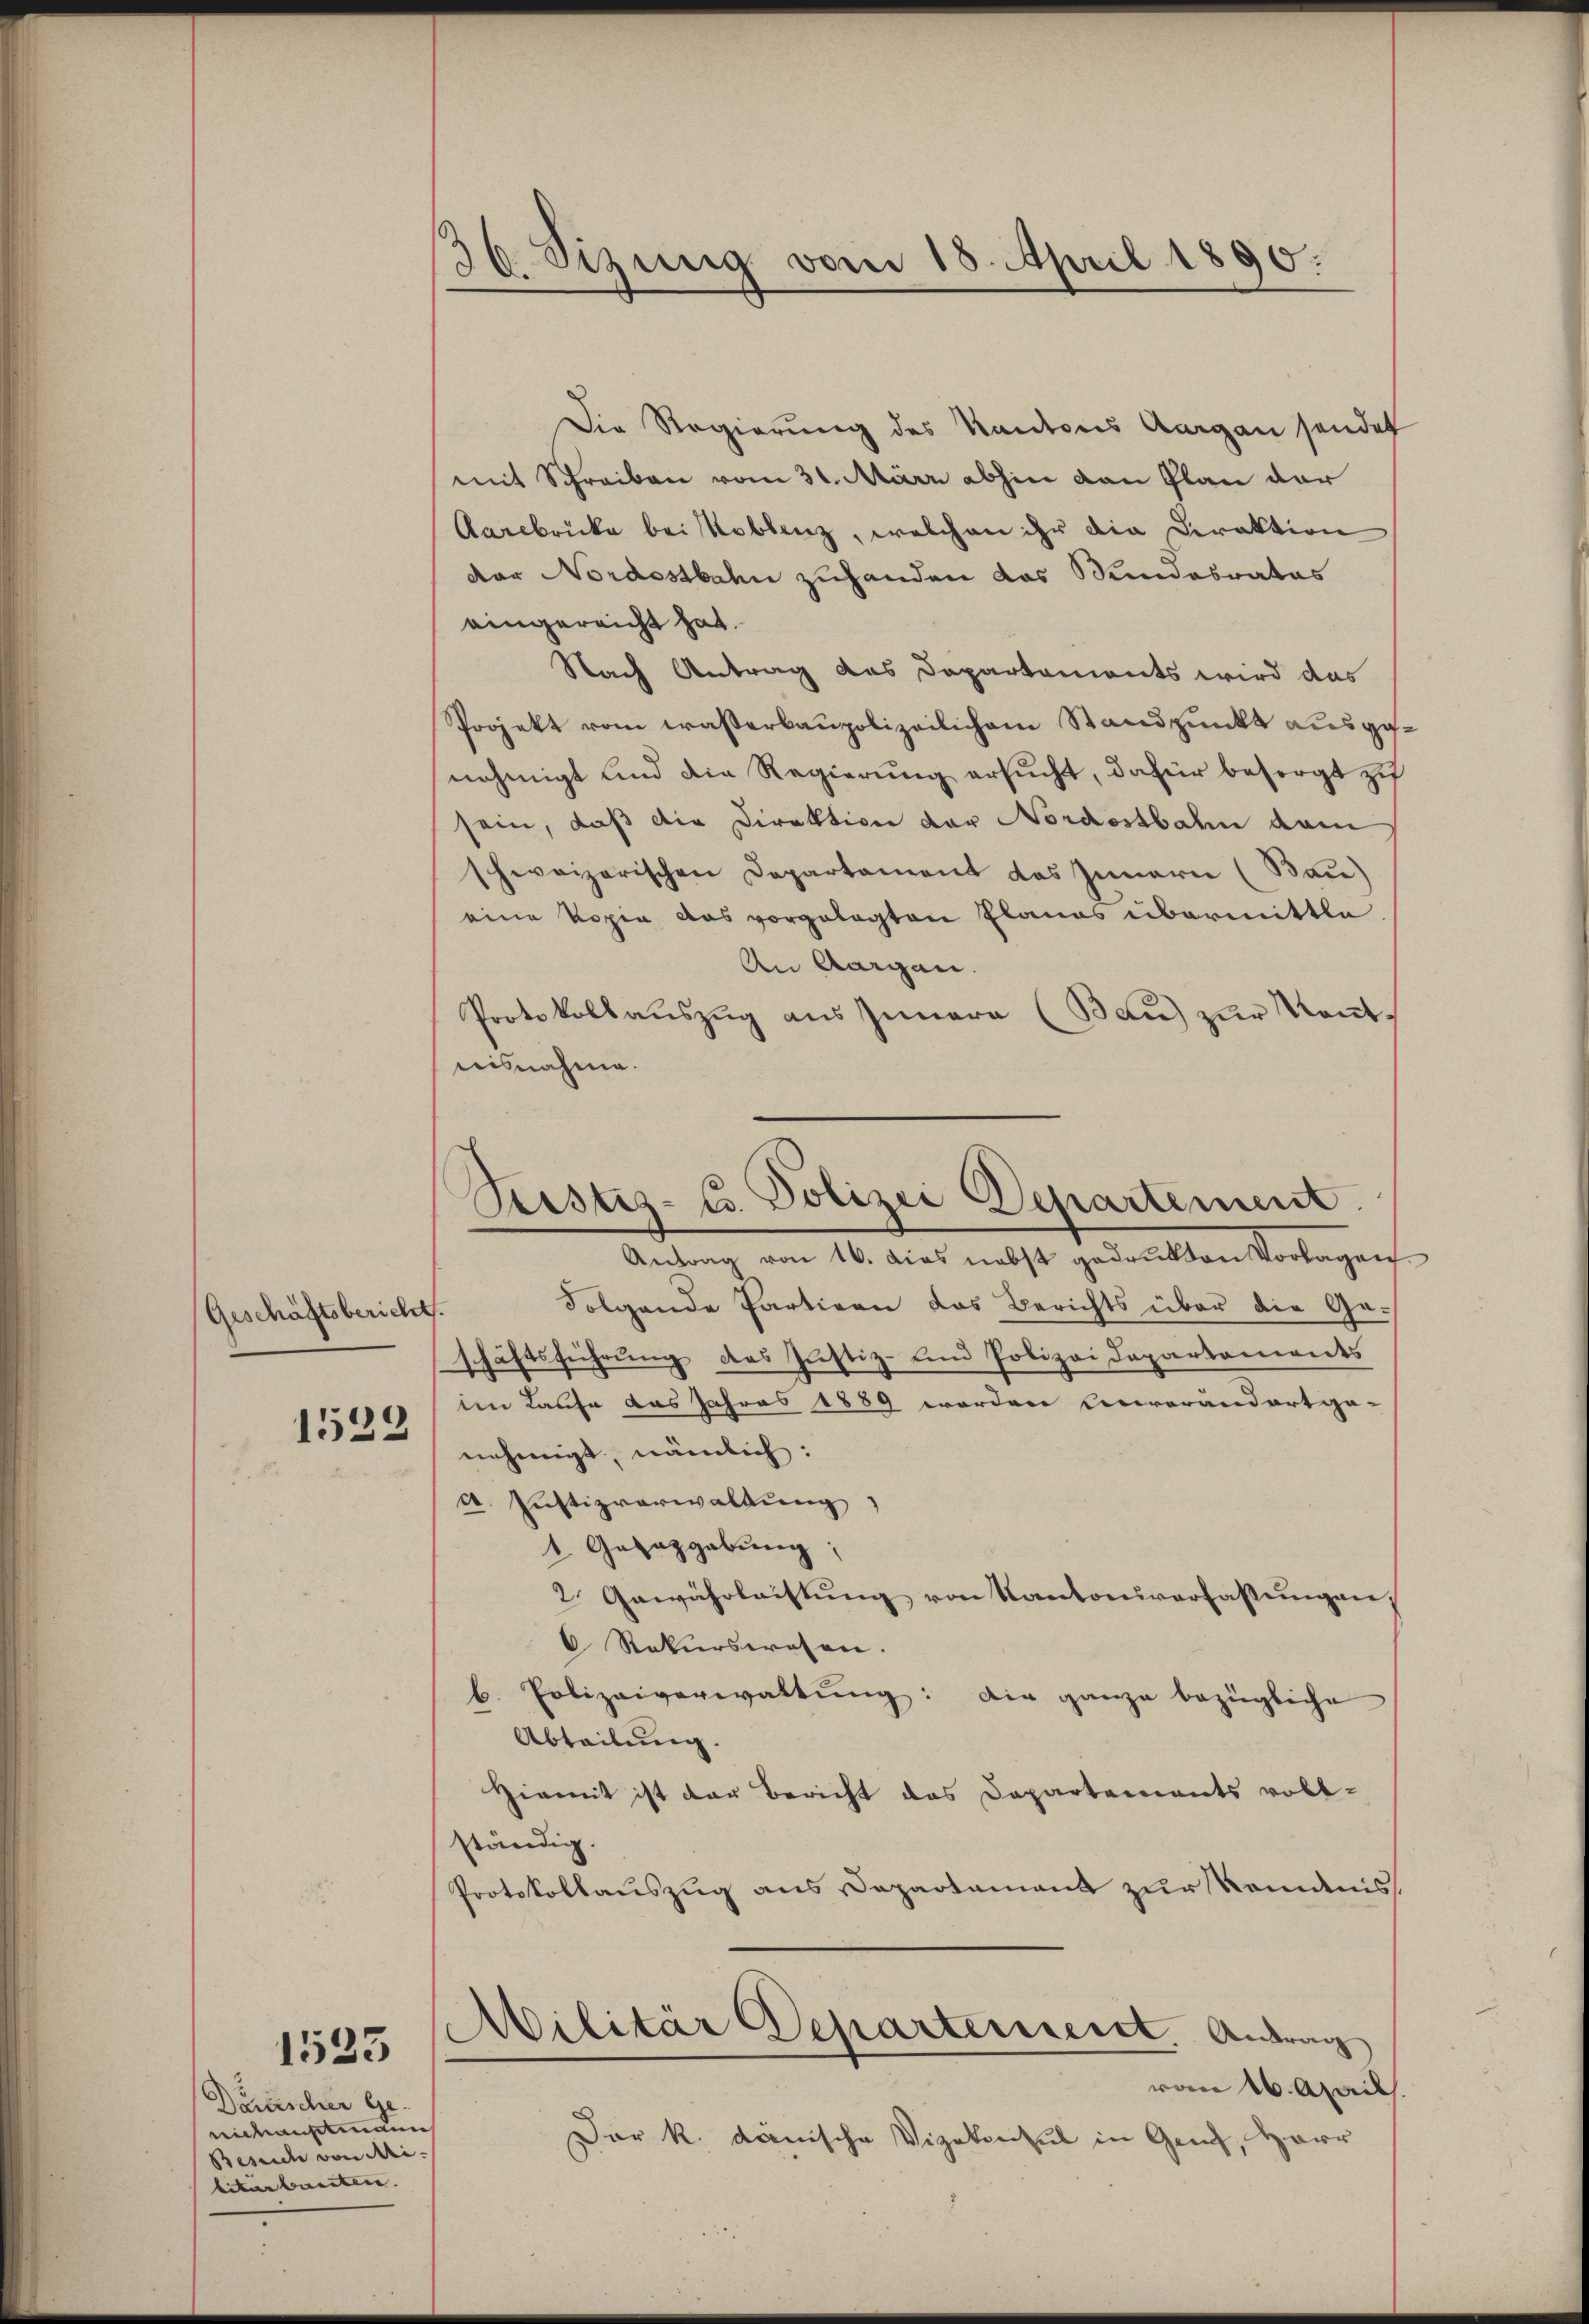
Geschäftsbericht.
1522

1533

Dänischer Ge-
eichenstenden
Besuch von Mi- |
literbreiten. |

36 Sizung vom 18. April 1890.

Die Regierung des Kantons Aargau sendet
mit Schreiben vom 31. März abhin von Plan der
Aarebricke bei Koblenz, welchen ihr die Direktion
dor Nordostbahn zuhanden das Stundesrates
eingereicht hat.
Nach Antrag des Departements wird das
Projekt vom wasserbaupolizeilichem Standpunkt ausgesnehmigt und die Regierung ersucht, dafür besorgt zu
sein, daß die Direktion der Nordostbahn dam
schweizerischen Departement das Innern (Bau)
eine Kopie das vorgelegten Planes übermittle
An Aargau.
Protokollauszug aus Innern (Bau) zur Kenntnisnahme.
Folgende Partigen das Berichts über die Geschäftsführŭng des Justiz- und Polizei Departements
im Laufe das Jahres 1889 worden Einverandort ge-
nehmigt, nämlich:
a. Justizverwaltung
1. Gesazgabung,
2 Gewährleistŭng von Kantonsverfassŭngen,
C Rekurswesen.
b. Polizeiverwaltung: Die ganze bezügliche
Abteilung.
Hiemit ist der Bericht das Departements voll-
ständig.
Protokollauszug aus Departement zur Romanis
Militär Departement. Antrag
von 16. Mail
Der k. dänische Vizekonsul in Genf, Herr

Sistiz-Co. Polizei Departement.
Antrag von 16. dies nebst gedrukten Vorlagen